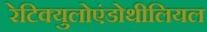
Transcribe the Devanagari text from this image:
रेटिक्युलोएंडोथीलियल